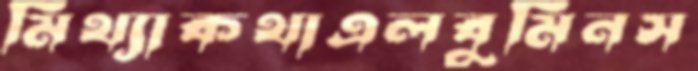
মিথ্যাকথাএলবুমিনস